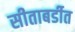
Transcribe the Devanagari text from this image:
सीताबर्डीत